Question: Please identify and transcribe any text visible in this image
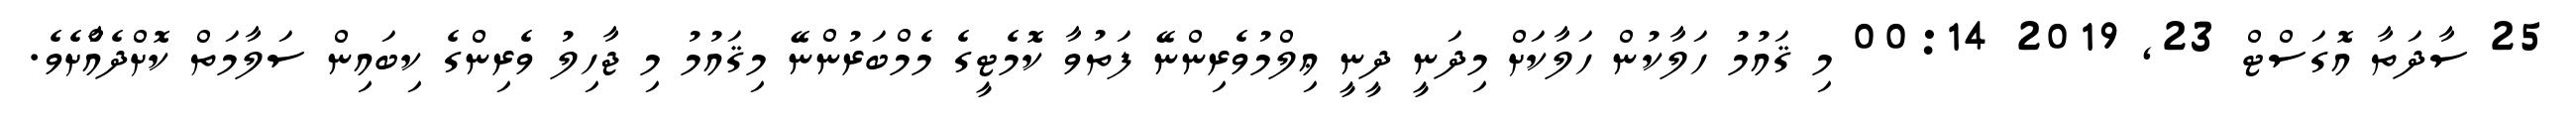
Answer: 25 ސާދަތާ އޮގަސްޓް 23, 2019 00:14 މި ޤައުމު ހަލާކުން ހަލާކަށް މިދަނީ ދީނީ ޢިލްމުވެރިންނޭ ފަތުވާ ކޮމެޓީގެ މެމްބަރުންނޭ މިޤައުމު މި ޖާހިލު ވެރިންގެ ކިބައިން ސަލާމަތް ކޮށްދެއްާށެވެ.